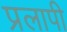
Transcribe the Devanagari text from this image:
प्रलापी